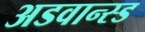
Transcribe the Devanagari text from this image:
अडवान्स्ड